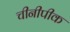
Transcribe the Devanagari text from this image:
चीनीपीक